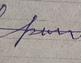
Signature authenticity: forged